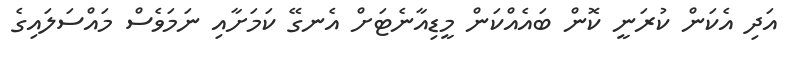
އަދި އެކަން ކުރަނީ ކޮން ބައެއްކަން މީޑިއާނެޓަށް އެނގޭ ކަމަށާއި ނަމަވެސް މައްސަލައިގެ